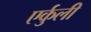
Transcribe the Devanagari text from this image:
एर्कुली